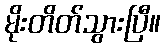
မိုးတိတ်သွားပြီ။